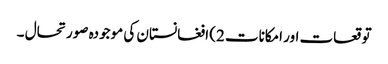
توقعات اور امکانات 2) افغانستان کی موجودہ صورتحال ۔